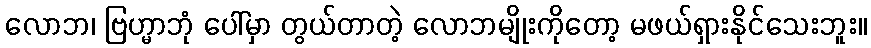
လောဘ၊ ဗြဟ္မာဘုံ ပေါ်မှာ တွယ်တာတဲ့ လောဘမျိုးကိုတော့ မဖယ်ရှားနိုင်သေးဘူး။